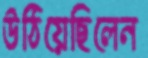
উঠিয়েছিলেন